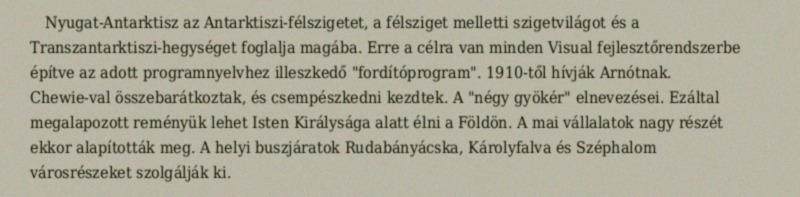
Nyugat-Antarktisz az Antarktiszi-félszigetet, a félsziget melletti szigetvilágot és a Transzantarktiszi-hegységet foglalja magába. Erre a célra van minden Visual fejlesztőrendszerbe építve az adott programnyelvhez illeszkedő "fordítóprogram". 1910-től hívják Arnótnak. Chewie-val összebarátkoztak, és csempészkedni kezdtek. A "négy gyökér" elnevezései. Ezáltal megalapozott reményük lehet Isten Királysága alatt élni a Földön. A mai vállalatok nagy részét ekkor alapították meg. A helyi buszjáratok Rudabányácska, Károlyfalva és Széphalom városrészeket szolgálják ki.